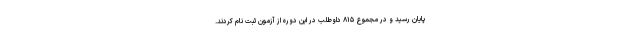
پایان رسید و در مجموع ۸۱۵ داوطلب در این دوره از آزمون ثبت نام کردند.